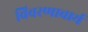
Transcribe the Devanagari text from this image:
विवरणाचार्य